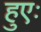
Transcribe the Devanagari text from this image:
हुएः